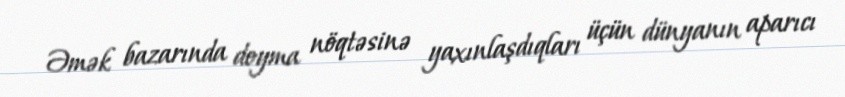
Əmək bazarında doyma nöqtəsinə yaxınlaşdıqları üçün dünyanın aparıcı